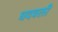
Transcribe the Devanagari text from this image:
घदवली